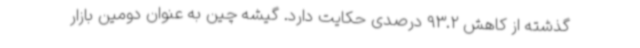
گذشته از کاهش 93.2 درصدی حکایت دارد. گیشه چین به عنوان دومین بازار